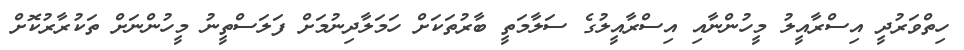
ހިތްވަރުދީ އިސްރާއީލު މީހުންނާއި އިސްރާއީލުގެ ސަލާމަތީ ބާރުތަކަށް ހަމަލާދިނުމަށް ފަލަސްތީނު މީހުންނަށް ތަކުރާރުކޮށް